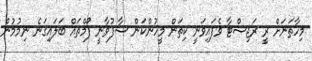
މިހާތަނަށް ރީ ރަޖިސްޓާ ވެފައިވަނީ ކިތަން މީހުންކަން ސާފުވާނީ ފޯމްތައް ބަލައިގަނެ ނިމުމުން